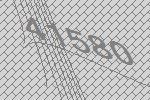
41580